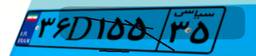
۳۶D۱۵۵۳۵